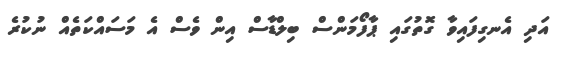
އަދި އެނގިފައިވާ ގޮތުގައި ޕާފޯމަންސް ބިލްޑާސް އިން ވެސް އެ މަސައްކަތެއް ނުކުރެ